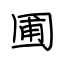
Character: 圃